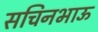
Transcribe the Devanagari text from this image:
सचिनभाऊ